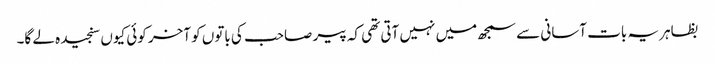
بظاہر یہ بات آسانی سے سمجھ میں نہیں آتی تھی کہ پیر صاحب کی باتوں کو آخر کوئی کیوں سنجیدہ لے گا۔